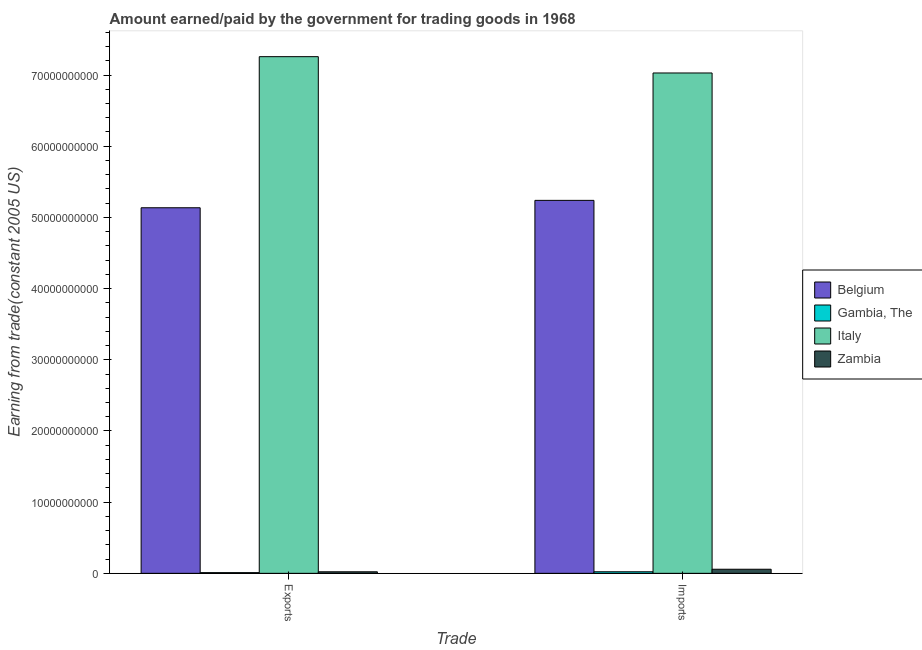
| Trade | Belgium | Gambia, The | Italy | Zambia |
 | --- | --- | --- | --- | --- |
 | Exports | 5.14e+10 | 9.78e+07 | 7.26e+10 | 2.17e+08 |
 | Imports | 5.24e+10 | 2.18e+08 | 7.03e+10 | 5.74e+08 |